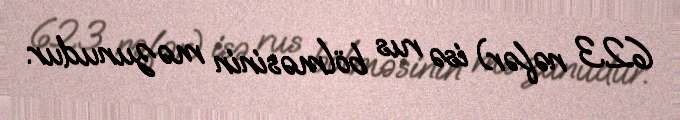
623 nəfər) isə rus bölməsinin məzunudur.